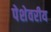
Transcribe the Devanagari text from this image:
पेशेवरीय